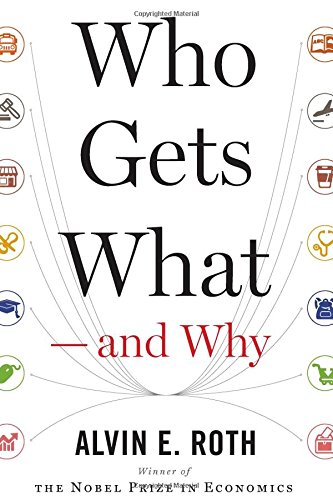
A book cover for Who Gets What EE and Why: The New Economics of Matchmaking and Market Design; Alvin E. Roth; Science & Math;